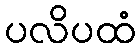
ပလိပထံ